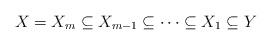
LaTeX: \begin{align*}X=X_{m}\subseteq X_{m-1}\subseteq\cdots\subseteq X_{1}\subseteq Y \end{align*}